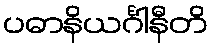
ပဓာနိယင်္ဂါနီတိ